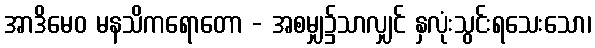
အာဒိမေဝ မနသိကရောတော - အစမျှ၌သာလျှင် နှလုံးသွင်းရသေးသော၊